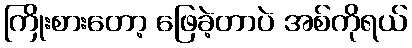
ကြိုးစားတော့ ဖြေခဲ့တာပဲ အစ်ကိုရယ်